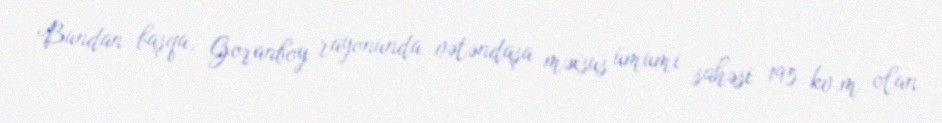
Bundan başqa, Goranboy rayonunda vətəndaşa məxsus ümumi sahəsi 195 kv.m olan